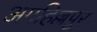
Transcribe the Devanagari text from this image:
अगहिल्लपुर